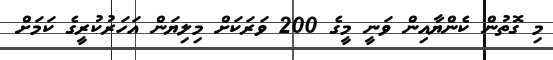
މި ގޮތުން ކެންޔާއިން ވަނީ މީގެ 200 ވަރަކަށް މިލިޔަން އަހަރުކުރީގެ ކަމަށް